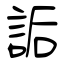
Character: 詬